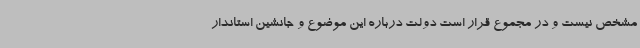
مشخص نیست و در مجموع قرار است دولت درباره این موضوع و جانشین استاندار